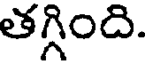
తగ్గింది.